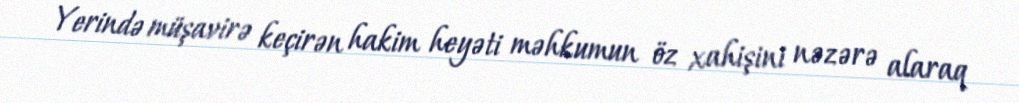
Yerində müşavirə keçirən hakim heyəti məhkumun öz xahişini nəzərə alaraq